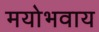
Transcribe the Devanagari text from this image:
मयोभवाय